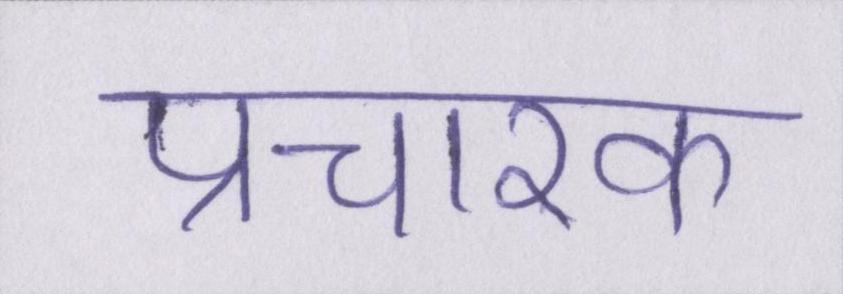
प्रचारक